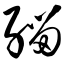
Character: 缁